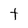
Character: t